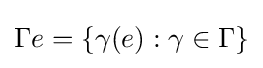
\Gamma e=\{\gamma (e):\gamma \in \Gamma \}